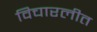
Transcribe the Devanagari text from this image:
विचारलीत